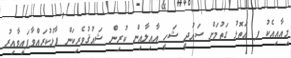
މިއާއިއެކު ފ އަތޮޅު ގަތުމަށް ސައުދީ ޝަހީ އާއިލާއިން ކުރިން ޝައުޤުވެރިކަން ފާޅުކުރައްވާފައިވާއިރު